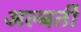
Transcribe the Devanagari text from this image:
अल्बर्ती